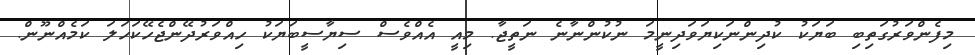
މިފެންވަރުގަތިބި ބަޔަކު ކުދިންނަކިޔަވަދިނީމަ ނުކުންނާނެ ނަތީޖާ. މިއީ އެއްވެސް ސިޔާސީބަޔަކު ހިއްވަރުދޭންޖެހޭކަހަލަ ކަމެއްނޫން.